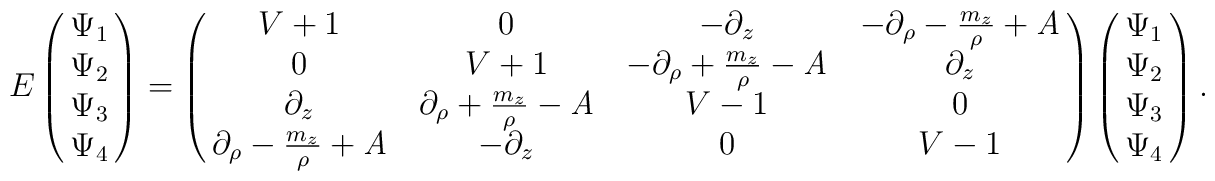
E \left (\matrix{{\Psi_1}\cr{\Psi_2}  \cr{\Psi_3} \cr{\Psi_4} \cr}\right ) = \pmatrix{V + 1 &  0 & -\partial_z & -\partial_\rho - {m_z \over { \rho}} + \it{A}\cr 0 & V + 1 & -\partial_\rho+ {m_z \over { \rho}} - \it{A} & \partial_z\cr\partial_z & \partial_\rho + {m_z \over { \rho}}  - \it{A} & V - 1 & 0\cr\partial_\rho- {m_z \over { \rho}} + \it{A} & -\partial_z & 0 & V - 1 \cr}\left (\matrix{{\Psi_1}\cr{\Psi_2}  \cr{\Psi_3} \cr{\Psi_4} \cr}\right ).